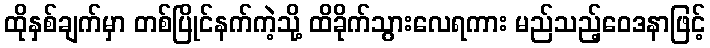
ထိုနှစ်ချက်မှာ တစ်ပြိုင်နက်ကဲ့သို့ ထိခိုက်သွားလေရကား မည်သည့်ဝေဒနာဖြင့်